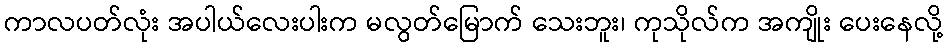
ကာလပတ်လုံး အပါယ်လေးပါးက မလွတ်မြောက် သေးဘူး၊ ကုသိုလ်က အကျိုး ပေးနေလို့